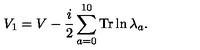
V _ { 1 } = V - { \frac { i } { 2 } } \sum _ { a = 0 } ^ { 1 0 } \mathrm { T r } \ln \lambda _ { a } .